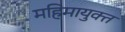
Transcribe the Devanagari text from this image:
महिमायुक्त